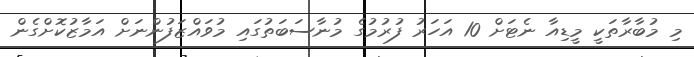
މި މުބާރާތަކީ މީޑިއާ ނެޓަށް 10 އަހަރު ފުރުމުގެ މުނާސަބަތުގައި މުވައްޒަފުންނަށް އަމާޒުކޮށްގެން